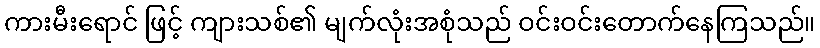
ကားမီးရောင် ဖြင့် ကျားသစ်၏ မျက်လုံးအစုံသည် ဝင်းဝင်းတောက်နေကြသည်။